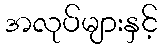
အလုပ်များနှင့်